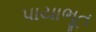
પાયાભૂત